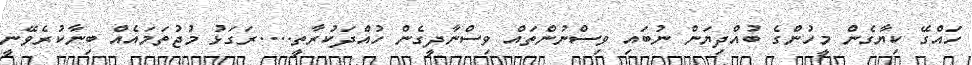
ހައްގޭ ކިޔާގެން މީހުންގެ ބުއްދިޔަން ނުބައި ވިސްނުންތައް ވިސްނާދީގެން ހުއްދަކުރާތީ....ރަގަޅު މުޖުތަމައެއް ބިނާކުރެވޭނީ